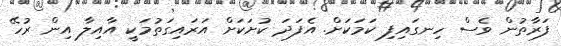
ފަރާތުން ވެސް ހިނގައިފި ކަމަކަށް. އެފަދަ ކުށަކަށް އަރައިގަތުމަކީ އާއިލާ އިން ރުހޭ